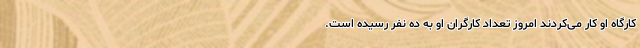
کارگاه او کار می‌کردند امروز تعداد کارگران او به ده نفر رسیده است.